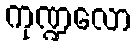
ကုဏ္ဍလော